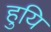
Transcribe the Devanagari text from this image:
हुयि